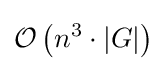
{\mathcal {O}}\left(n^{3}\cdot \left|G\right|\right)